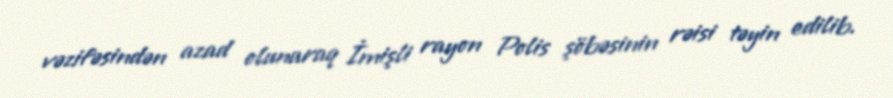
vəzifəsindən azad olunaraq İmişli rayon Polis şöbəsinin rəisi təyin edilib.